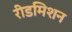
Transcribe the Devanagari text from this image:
रीडमिशन